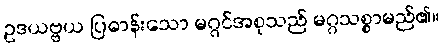
ဥဒယဗ္ဗယ ပြဓာန်းသော မဂ္ဂင်အစုသည် မဂ္ဂသစ္စာမည်၏။